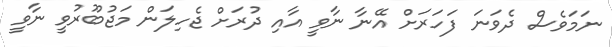
ނަމަވެސް ދެވަނަ ފަހަރަށް އޭނާ ނާވީ އާއި ދުރަށް ޖެހިލަން މަޖުބޫރުވީ ނާވީ